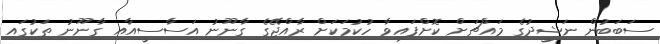
ސަބަބުން ނަޝީދުގެ މައްޗަށް ކޮށްފައިވާ ހުކުމަކަށް ރާއްޖޭގެ ގާނޫނު އަސާސީއާއި ގާނޫނު ތަކުގައި